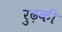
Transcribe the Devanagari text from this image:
रुढ़की